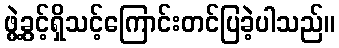
ဖွဲ့ခွင့်ရှိသင့်ကြောင်းတင်ပြခဲ့ပါသည်။